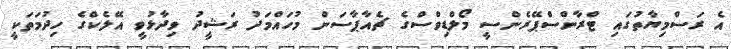
އެ ރަސްމިޔާތުގައި ޓްރާންސްޕޭރެންސީ މޯލްޑިވްސްގެ ޗެއާޕާސަން މުހައްމަދު ރަޝީދު ވިދާޅުވީ އޭލެކްގެ ހިދުމަތަކީ